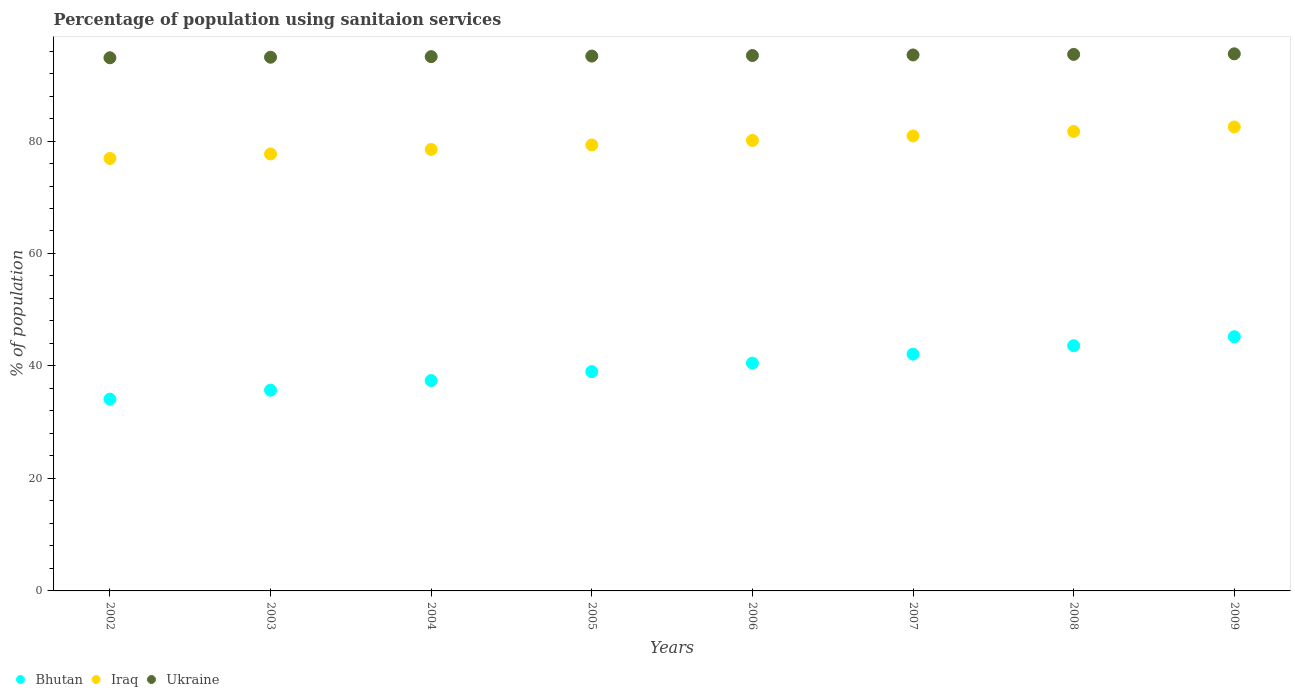
| Years | Bhutan | Iraq | Ukraine |
 | --- | --- | --- | --- |
 | 2002 | 34.1 | 76.9 | 94.8 |
 | 2003 | 35.7 | 77.7 | 94.9 |
 | 2004 | 37.4 | 78.5 | 95 |
 | 2005 | 39 | 79.3 | 95.1 |
 | 2006 | 40.5 | 80.1 | 95.2 |
 | 2007 | 42.1 | 80.9 | 95.3 |
 | 2008 | 43.6 | 81.7 | 95.4 |
 | 2009 | 45.2 | 82.5 | 95.5 |